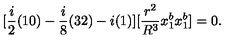
[ \frac { i } { 2 } ( 1 0 ) - \frac { i } { 8 } ( 3 2 ) - i ( 1 ) ] [ \frac { r ^ { 2 } } { R ^ { 3 } } x _ { 1 } ^ { b } x _ { 1 } ^ { b } ] = 0 .